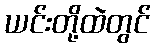
ယင်းတို့ထဲတွင်